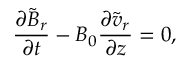
\frac { \partial \tilde { B } _ { r } } { \partial t } - B _ { 0 } \frac { \partial \tilde { v } _ { r } } { \partial z } = 0 ,